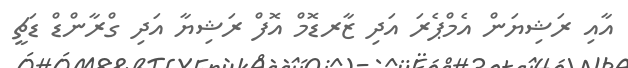
އާއި ރަޝިޔަން އެމްޕެރަ އަދި ޒާރޑޮމް އޮފް ރަޝިޔާ އަދި ގްރާންޑް ޑަޗީ